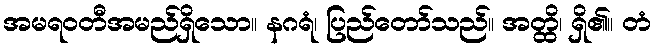
အမရဝတီအမည်ရှိသော။ နဂရံ၊ ပြည်တော်သည်။ အတ္ထိ၊ ရှိ၏။ တံ